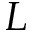
{ \cal L }